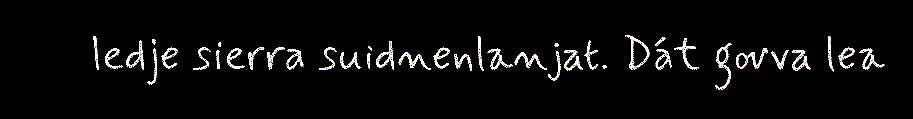
ledje sierra suidnenlanjat. Dát govva lea